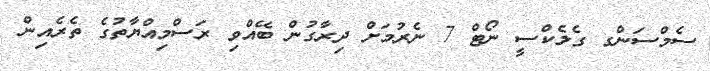
ސެމްސަންގ ގެލެކްސީ ނޯޓް 7 ނެރުމަށް ދިރާގުން ބޭއްވި ރަސްމިއްޔާތުގެ ތެރެއިން